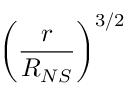
\left( \frac { r } { R _ { N S } } \right) ^ { 3 / 2 }